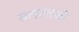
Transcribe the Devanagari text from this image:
सत्गुरुलाही